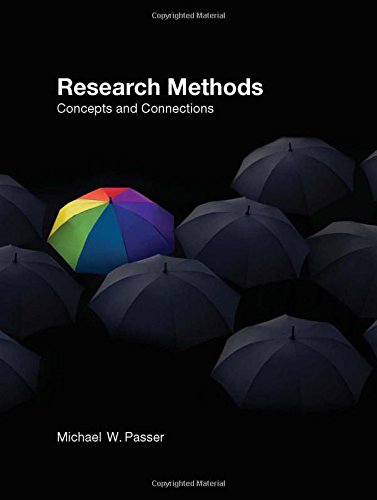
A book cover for Research Methods: Concepts and Connections; Michael Passer; Medical Books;